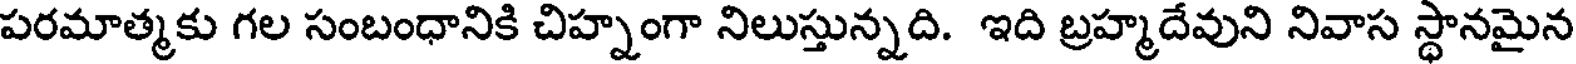
పరమాత్మకు గల సంబంధానికి చిహ్నంగా నిలుస్తున్నది. ఇది బ్రహ్మదేవుని నివాస స్థానమైన